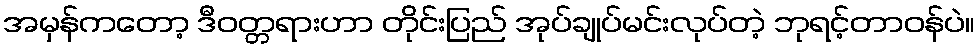
အမှန်ကတော့ ဒီဝတ္တရားဟာ တိုင်းပြည် အုပ်ချုပ်မင်းလုပ်တဲ့ ဘုရင့်တာဝန်ပဲ။